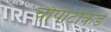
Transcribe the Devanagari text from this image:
चौपाटीकडे